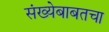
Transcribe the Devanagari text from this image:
संख्येबाबतचा